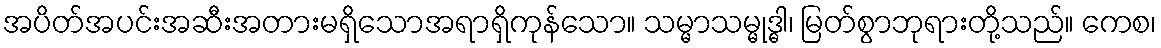
အပိတ်အပင်းအဆီးအတားမရှိသောအရာရှိကုန်သော။ သမ္မာသမ္မုဒ္ဓါ၊ မြတ်စွာဘုရားတို့သည်။ ကေစ၊